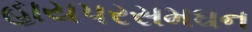
હાયપરસમઘન